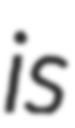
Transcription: is